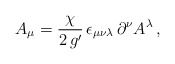
\begin{align*}A_{\mu} = \frac{\chi}{2\,g^{\prime}}\, \epsilon_{\mu\nu\lambda}\,\partial^{\nu}A^{\lambda}\,, \end{align*}